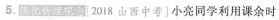
5.强化物理观念[2018山西中考〕小亮同学利用课余时